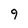
Character: 9